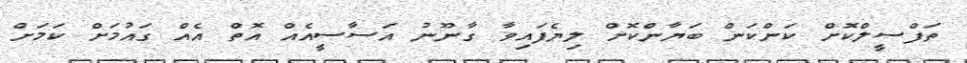
ތަފްސީލްކޮށް ކަންކަން ބަޔާންކޮށް ލިޔެފައިވާ ގާނޫނު އަސާސީއެއް އޮތް އެއް ގައުމަށް ކަމަށް